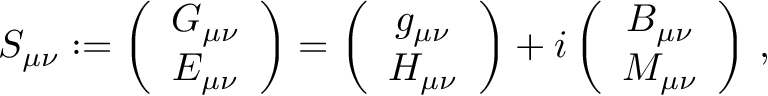
S _ { \mu \nu } : = \left( \begin{array} { c } { { G _ { \mu \nu } } } \\ { { E _ { \mu \nu } } } \end{array} \right) = \left( \begin{array} { c } { { g _ { \mu \nu } } } \\ { { H _ { \mu \nu } } } \end{array} \right) + i \left( \begin{array} { c } { { B _ { \mu \nu } } } \\ { { M _ { \mu \nu } } } \end{array} \right) \, ,